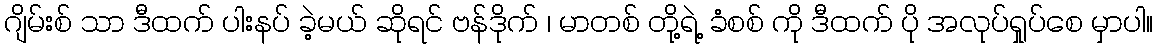
ဂျိမ်းစ် သာ ဒီထက် ပါးနပ် ခဲ့မယ် ဆိုရင် ဗန်ဒိုက် ၊ မာတစ် တို့ရဲ့ ခံစစ် ကို ဒီထက် ပို အလုပ်ရှုပ်စေ မှာပါ။